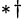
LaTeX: {}{^*}{}^{\dagger}{}